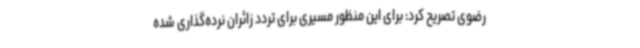
رضوی تصریح کرد: برای این منظور مسیری برای تردد زائران نرده‌گذاری شده